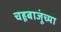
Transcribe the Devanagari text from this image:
चहूबाजूंच्या